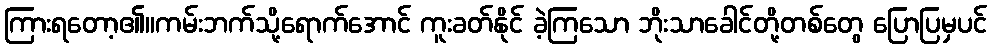
ကြားရတော့၏။ကမ်းဘက်သို့ရောက်အောင် ကူးခတ်နိုင် ခဲ့ကြသော ဘိုးသာခေါင်တို့တစ်တွေ ပြောပြမှပင်